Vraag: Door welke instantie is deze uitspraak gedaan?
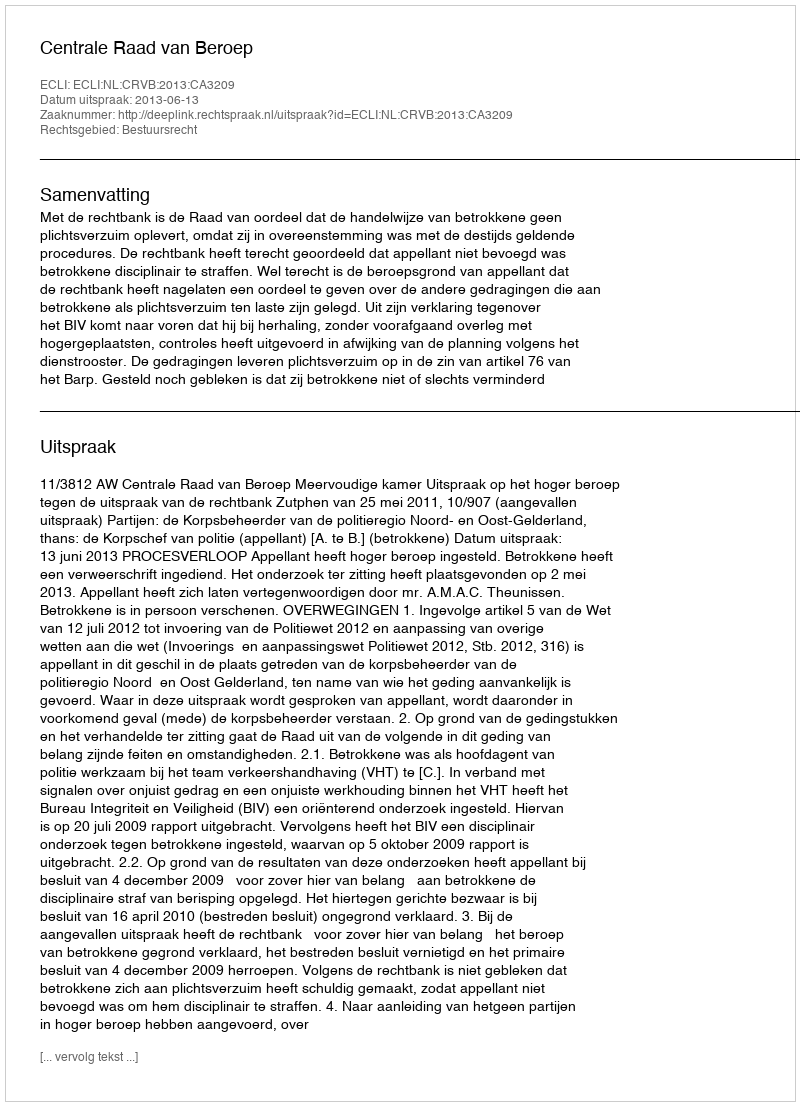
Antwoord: Centrale Raad van Beroep